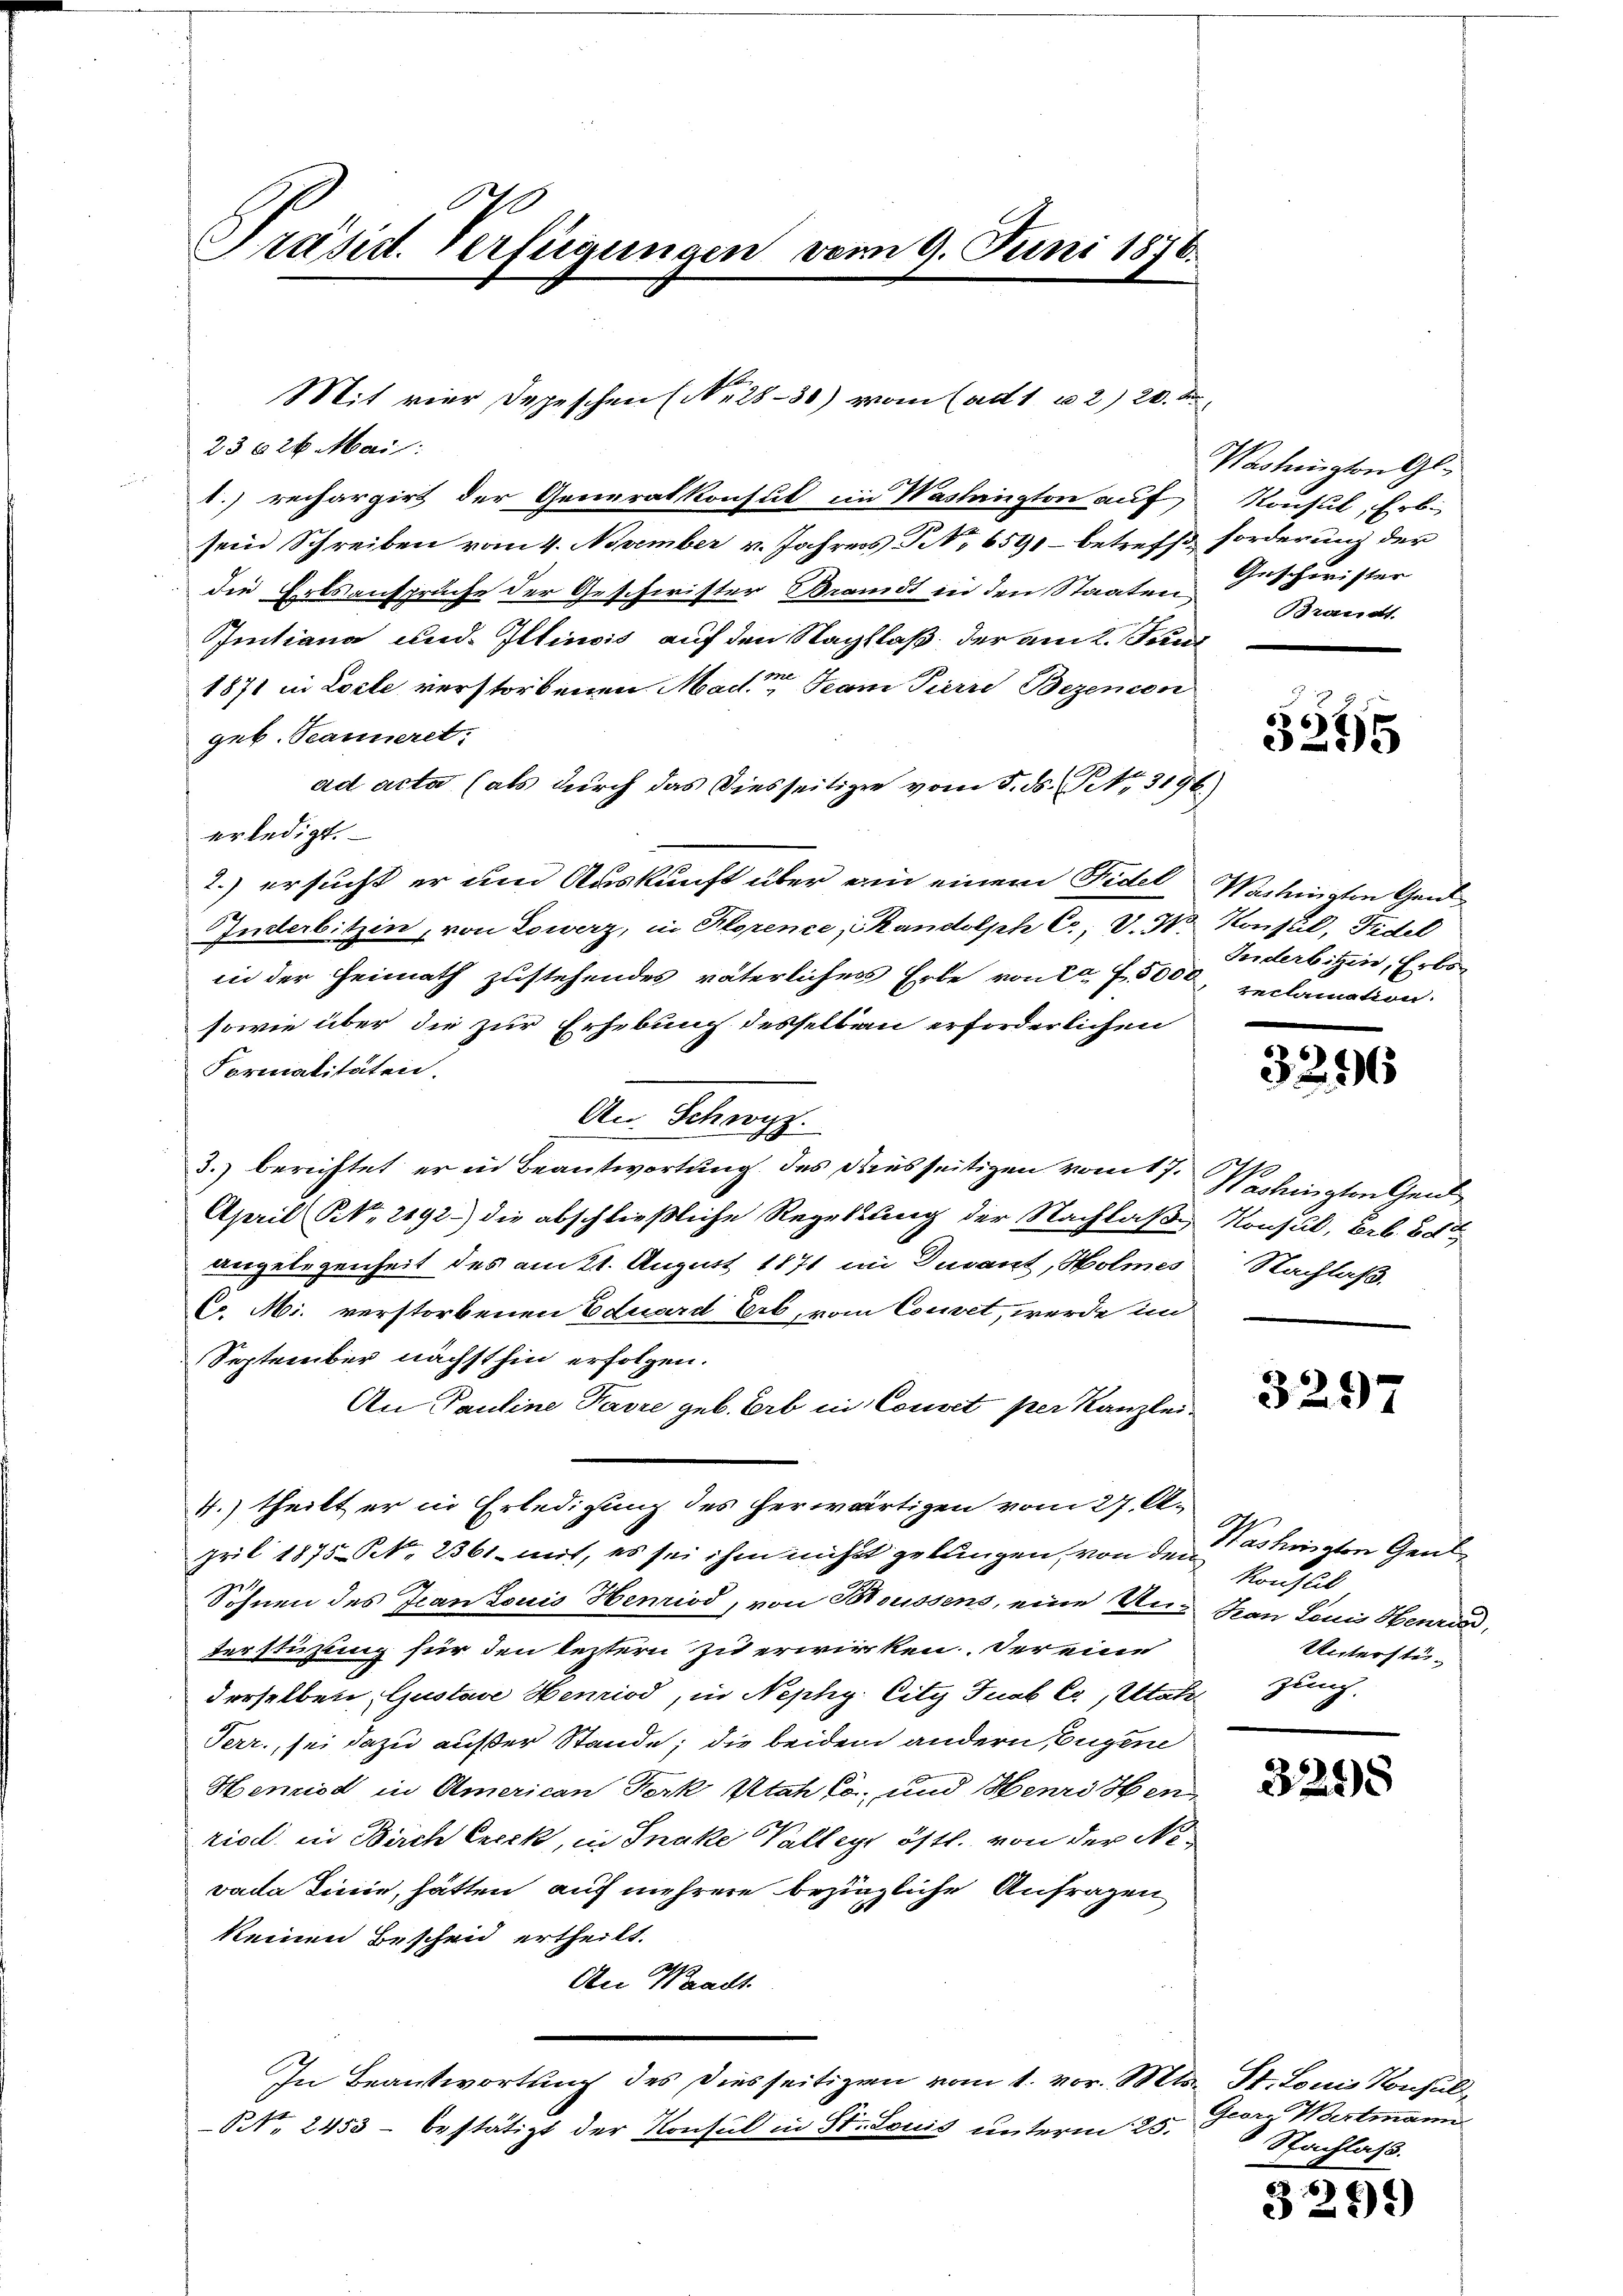
Präsid. Verfügungen vom 9. Juni 1876.

Mit vier Depeschen (No 28–30) vom (ad 1. u 2) 20. d
23626. Mai:

1) rechargirt der Generalkonsul in Washington auf
sein Schreiben vom 4. November v. Jahres No 6591 betreff forderung der
die Erbsanspruche der Geschwister Brandt in den Staaten
Ientiana und Illinois auf den Nachlaß der am 2. Juni
1871 in Loche verstorbenen Mad. Tram Parre Bezencon
geb. Seanneret,
ad acta (als durch das Diesseitigen vom 5. ds. No. 3196)
erledigt.
2.) ersucht er um Auskunft über ein einem Fidel Machingten Gen
Inderbitzin, von Lowerz, in Florence, Skandolph C, V. W. Konsul, Fidel
in der Heimath zustehendes väterliches Erbe von ca 5000, reclamation
sowie über die zur Erhebung desselben erforderlichen
Formalitäten.
An Schwyz.
3.) berichtet er in Beantwortung des dausseitigen vom 17. Selingten Ged
April S. 2192) die abschließliche Regelung der Nachlaße Konsul, Erb. 2 dto
angelegenheit des am 21. August 1871 im Duvant, Holmes Nachlaß
C. M. verstorbenen Eduard Erb, vom Couvit, werde im
September nächsthin erfolgen.
An Pauline Parre geb. Erb in Convet per Kanzlei-
4.) theilt er in Erledigung des herwärtigen vom 27. A.
pril 1875 Frk. 2361 mit, es sei ihm nicht gelangen, von den
Söhnen des Jean Louis Henriod, von Broussens, eine Un-Han Louis Henried,
terstüzung für den leztern zu erwirken. Der eine
derselben, Gustave Henriod, in Nephy. City Jnab C, Utahrzung.
Perr, sei dazu außer Stande; die beidem andern Eugene
Henniod in American Ferk Utahls und Henri ben
ried in Birch Creck, in Inake Valleyr östl. von der Nevada Linie, hätten auf mehrere bezingliche Anfragen
keinen Bescheid ertheilt.
An Waadt.
In Beantwortung des Diesseitigen vom 1. vor. Mts. St. Louis Konsul¬
P.Nr. 2453 - bestätigt der Konsul in St. Louis unterm 25.

Washington Gl
Konsul, Erb
Geschörister
Brandt.

x
3295

Inderbitzen, Erbs¬

3296

3297

Washington Grube
Konflik
Unterstü¬

3295

Georg Wartmann
Nachlass.

a
329)